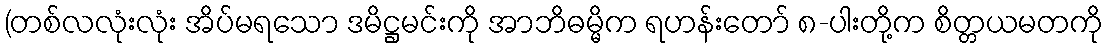
(တစ်လလုံးလုံး အိပ်မရသော ဒမိဋ္ဌမင်းကို အာဘိဓမ္မိက ရဟန်းတော် ၈-ပါးတို့က စိတ္တယမတကို